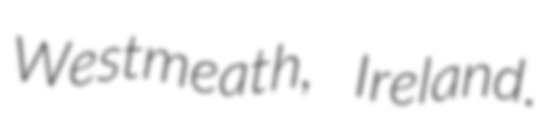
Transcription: Westmeath, Ireland.